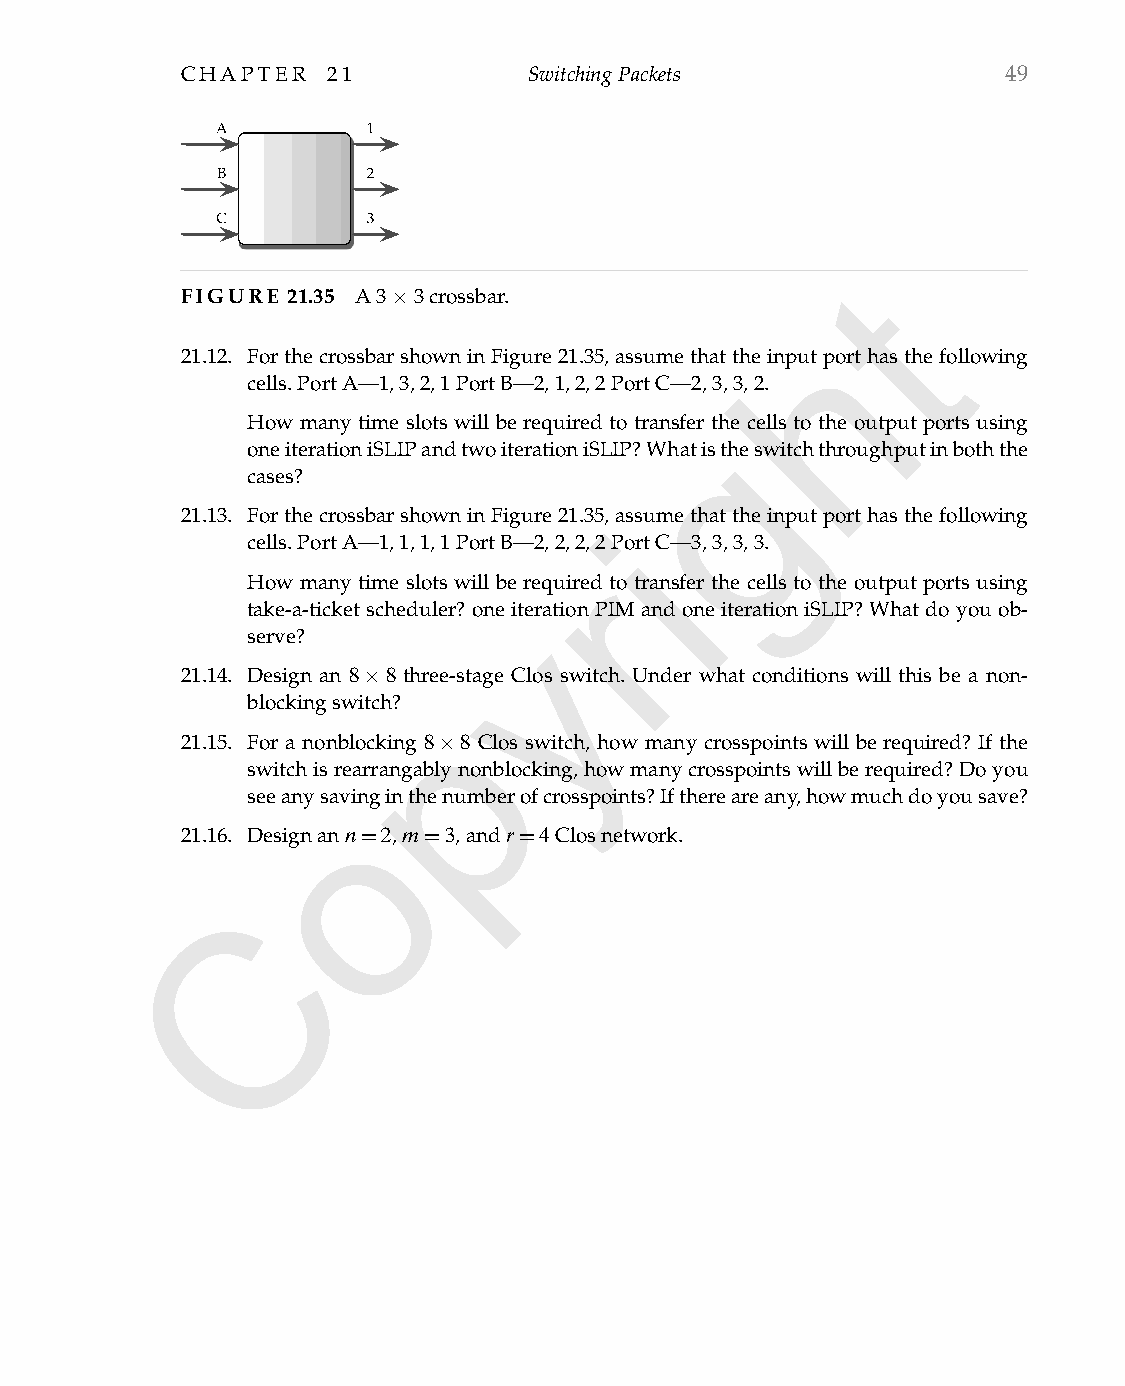
CHAPTER   21           SwitchingPackets               49
 t
 FIGURE 21.35 A3×3crossbar.
 h
 21.12. ForthecrossbarshowninFigure21.35,assumethattheinputporthasthefollowing
 cells.PortA—1,3,2,1PortB—2,1,2,2PortC—2,3,3,2.
 How many time slots will be required to transfergthe cells to the output ports using
 oneiterationiSLIPandtwoiterationiSLIP?Whatistheswitchthroughputinboththe
 cases?
 21.13. ForthecrossbarshowninFigure21.35i,assumethattheinputporthasthefollowing
 cells.PortA—1,1,1,1PortB—2,2,2,2PortC—3,3,3,3.
 r
 How many time slots will be required to transfer the cells to the output ports using
 take-a-ticketscheduler?oneyiteration PIMand one iteration iSLIP?Whatdo youob-
 serve?
 21.14. Design an 8×8 three-stage Clos switch. Under what conditions will this be a non-
 blockingswitch? p
 21.15. For a nonblocking 8×8 Clos switch, how many crosspoints will be required? If the
 switchisrearrangablynonblocking,howmanycrosspointswillberequired?Doyou
 seeanysoavinginthenumberofcrosspoints?Ifthereareany,howmuchdoyousave?
 21.16. Designann=2,m=3,andr=4Closnetwork.
 C